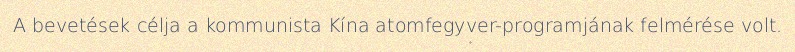
A bevetések célja a kommunista Kína atomfegyver-programjának felmérése volt.